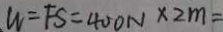
W = F S = 4 0 0 N \times 2 m =